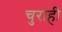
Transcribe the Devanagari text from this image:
चुराही